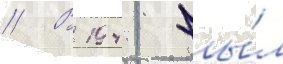
// В 1941 бы́л